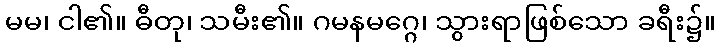
မမ၊ ငါ၏။ ဓီတု၊ သမီး၏။ ဂမနမဂ္ဂေ၊ သွားရာဖြစ်သော ခရီး၌။